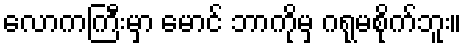
လောကကြီးမှာ မောင် ဘာကိုမှ ဂရုမစိုက်ဘူး။